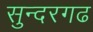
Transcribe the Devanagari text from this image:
सुन्दरगढ